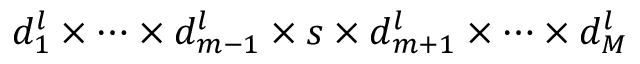
d _ { 1 } ^ { l } \times \dots \times d _ { m - 1 } ^ { l } \times s \times d _ { m + 1 } ^ { l } \times \dots \times d _ { M } ^ { l }